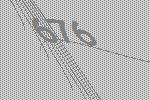
676